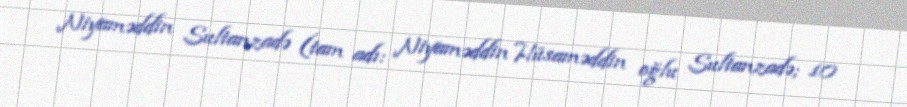
Niyaməddin Sultanzadə (tam adı: Niyaməddin Hüsaməddin oğlu Sultanzadə; 10